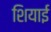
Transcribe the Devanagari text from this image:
शियाई